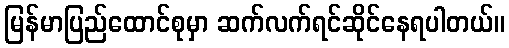
မြန်မာပြည်ထောင်စုမှာ ဆက်လက်ရင်ဆိုင်နေရပါတယ်။